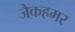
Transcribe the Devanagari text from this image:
जैकहमर